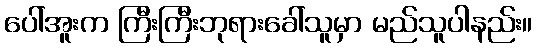
ပေါ်အူးက ကြီးကြီးဘုရားခေါ်သူမှာ မည်သူပါနည်း။